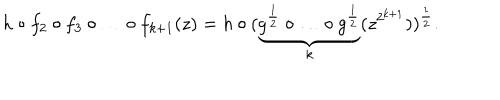
LaTeX: h \circ f _ { 2 } \circ f _ { 3 } \circ \ldots \circ f _ { k + 1 } ( z ) = h \circ ( \underbrace { g ^ { \frac { 1 } { 2 } } \circ \ldots \circ g ^ { \frac { 1 } { 2 } } } _ { k } ( z ^ { 2 ^ { k + 1 } } ) ) ^ { \frac 1 2 } .